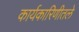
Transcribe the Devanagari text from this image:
कार्यकारिणीतले